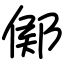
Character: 鄇